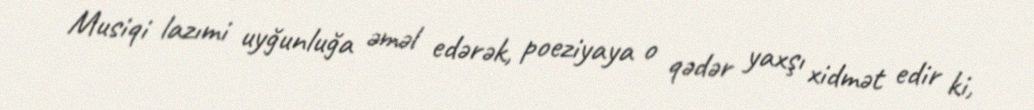
Musiqi lazımi uyğunluğa əməl edərək, poeziyaya o qədər yaxşı xidmət edir ki,